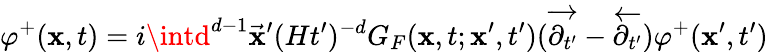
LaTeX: \varphi^{+}(\mathbf{x},t)=i\intd^{d-1}\vec{{\mathbf{x}}}^{\prime}(Ht^{\prime})^{-d}G_{F}(\mathbf{x},t;\mathbf{x}^{\prime},t^{\prime})(\overrightarrow{{\partial_{t^{\prime}}}}-\overleftarrow{{\partial_{t^{\prime}}}})\varphi^{+}(\mathbf{x}^{\prime},t^{\prime})